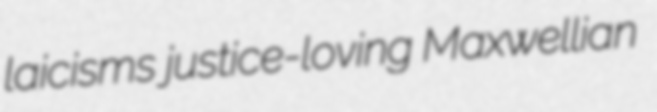
laicisms justice-loving Maxwellian